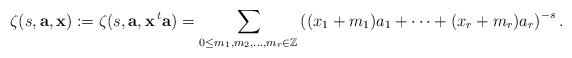
\begin{align*} \zeta(s,\mathbf a,\mathbf x):=\zeta(s,\mathbf a,\mathbf x \,{}^t \mathbf a)=\sum_{0\leq m_1,m_2,\dots,m_r \in \mathbb Z}\left((x_1+m_1)a_1+\dots+(x_r+m_r)a_r\right)^{-s}.\end{align*}